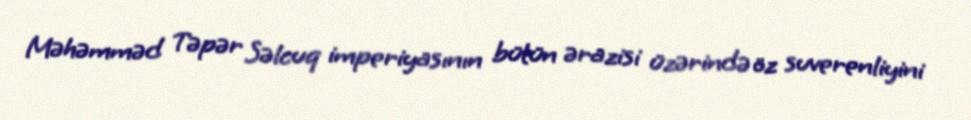
Məhəmməd Təpər Səlcuq imperiyasının bütün ərazisi üzərində öz suverenliyini